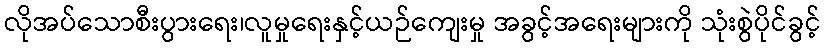
လိုအပ်သောစီးပွားရေး၊လူမှုရေးနှင့်ယဉ်ကျေးမှု အခွင့်အရေးများကို သုံးစွဲပိုင်ခွင့်